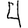
Digit: 4